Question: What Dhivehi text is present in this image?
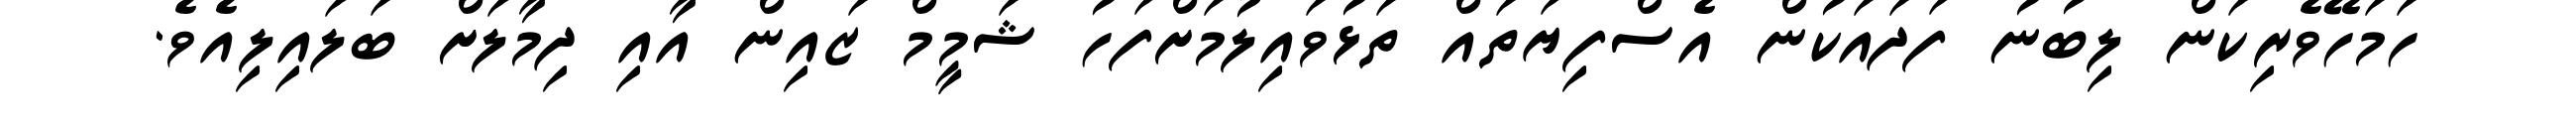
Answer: ހަމަހޭވެރިކަން ލިބުނު ފަދައަކުން އެސްފިޔަތައް ތަޅުވައިލުމަށްފަހު ޝަމީމް ޒައިން އާއި ދިމާލަށް ބަލައިލިއެވެ.